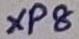
Text: XP8